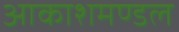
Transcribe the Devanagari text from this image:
आकाशमण्डल